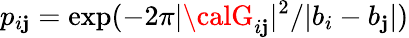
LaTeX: p_{i\mathbf{j}}=\exp(-2\pi|{\calG}_{i\mathbf{j}}|^{2}/|b_{i}-b_{\mathbf{j}}|)